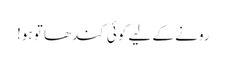
رونے کے لیے کوئی کندھا تو ہو!